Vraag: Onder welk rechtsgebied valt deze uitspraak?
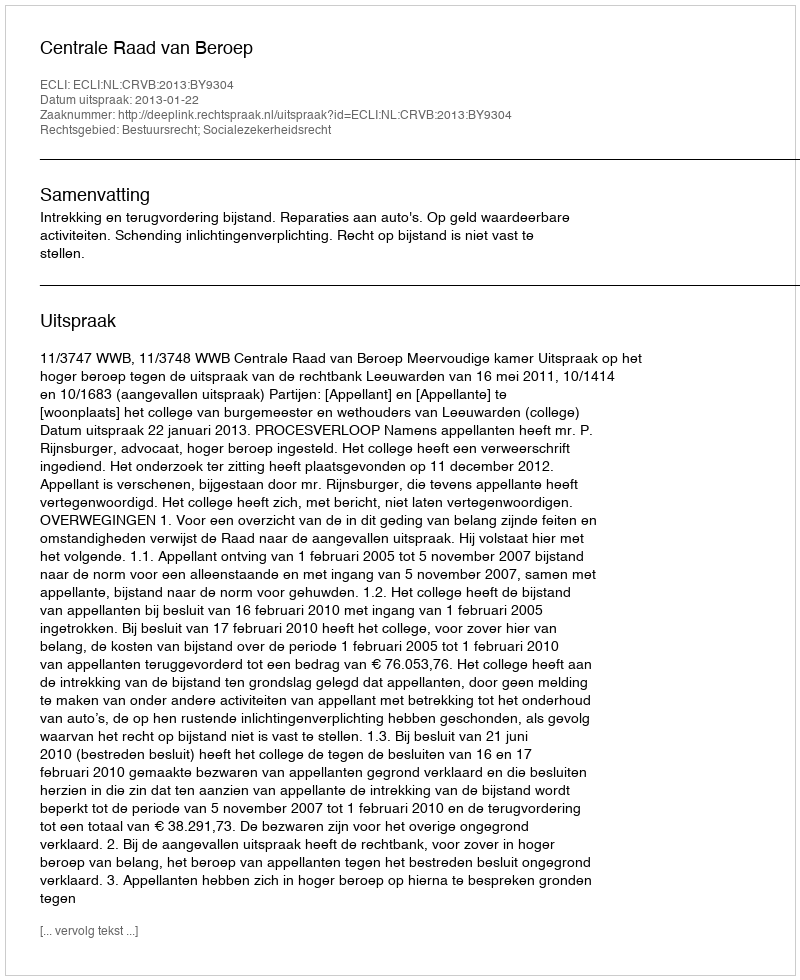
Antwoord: Bestuursrecht; Socialezekerheidsrecht